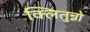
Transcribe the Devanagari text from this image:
क्लितुन्नो